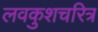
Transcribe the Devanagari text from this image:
लवकुशचरित्र